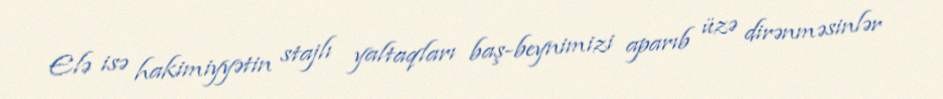
Elə isə hakimiyyətin stajlı yaltaqları baş-beynimizi aparıb üzə dirənməsinlər